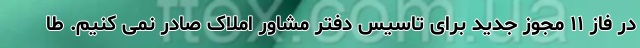
در فاز ۱۱ مجوز جدید برای تاسیس دفتر مشاور املاک صادر نمی کنیم. طا